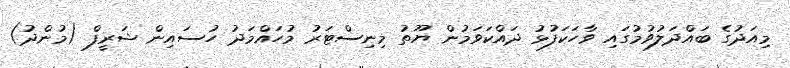
މިއަދުގެ ބައްދަލުވުމުގައި ވާހަކަފުޅު ދައްކަވަމުން ޔޫތު މިނިސްޓަރު މުހައްމަދު ހުސައިން ޝަރީފް (މުންދު)